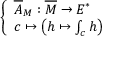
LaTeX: \left\{ \begin{array} { l l } { { \overline { { A } } } _ { M } : { \overline { { M } } } \to E ^ { * } } \\ { c \mapsto \left( h \mapsto \int _ { c } h \right) } \end{array} \right.